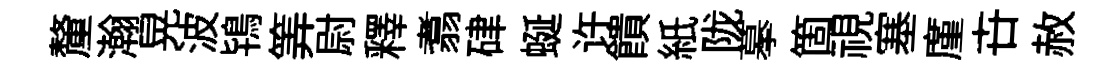
釐瀚晃波鴇筭尉釋翥硉蜒许饋紙陇摹箇視塞廑卋赦